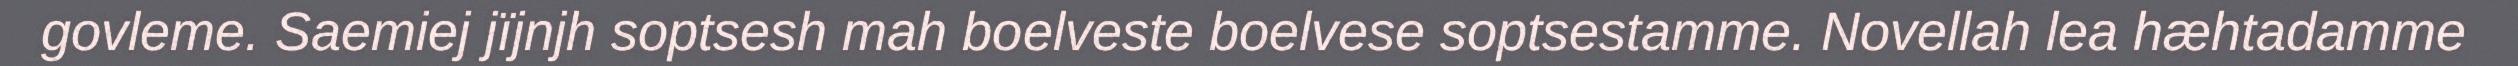
govleme. Saemiej jïjnjh soptsesh mah boelveste boelvese soptsestamme. Novellah lea hæhtadamme